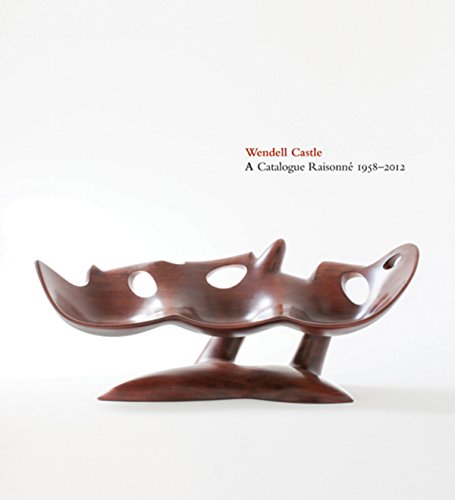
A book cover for Wendell Castle: A Catalogue RaisonnÃ¨, 1958-2012; Emily Evans Eerdmans; Arts & Photography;